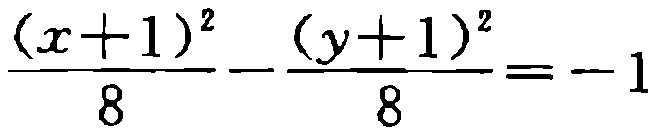
\(\frac{(x + 1)^2}{8} - \frac{(y + 1)^2}{8} = -1\)